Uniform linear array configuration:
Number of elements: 4
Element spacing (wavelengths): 0.75
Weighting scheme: cosine
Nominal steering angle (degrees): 45
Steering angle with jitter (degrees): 43.089
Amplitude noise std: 0.05
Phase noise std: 0.05

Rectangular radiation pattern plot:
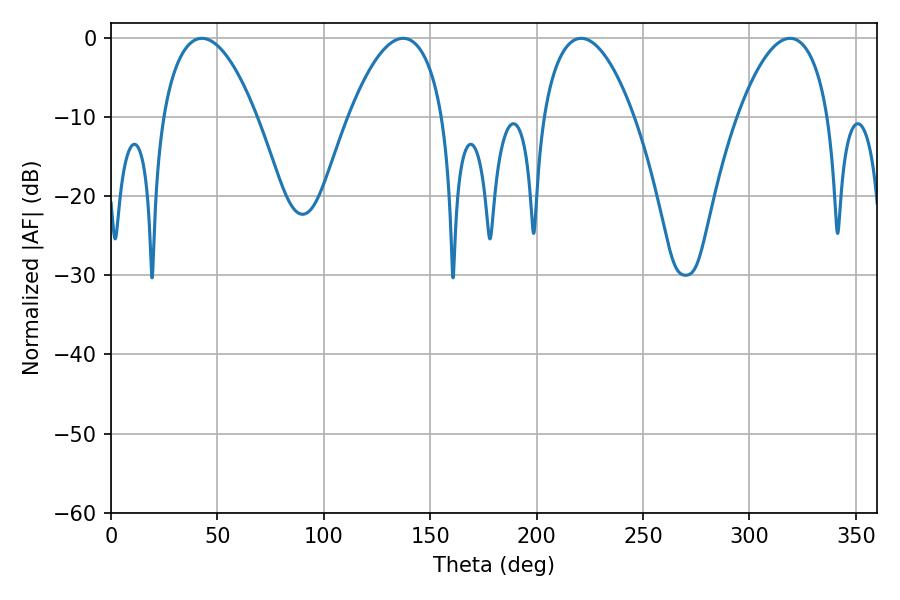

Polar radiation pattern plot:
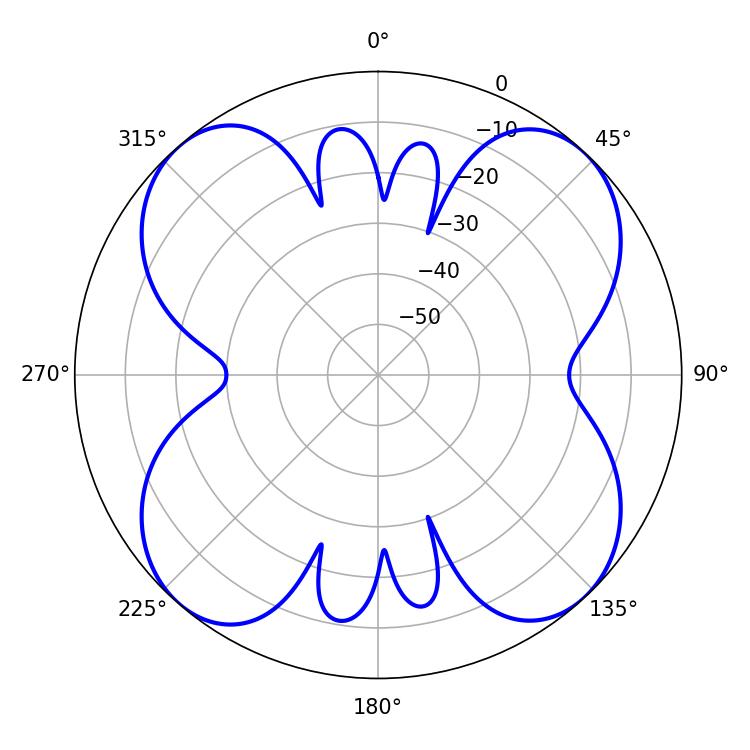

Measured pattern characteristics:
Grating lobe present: TRUE
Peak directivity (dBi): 16.796
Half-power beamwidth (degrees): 24.66
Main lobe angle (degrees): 42.66